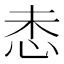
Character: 𫹻